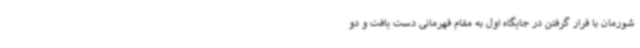
شورمان با قرار گرفتن در جایگاه اول به مقام قهرمانی دست یافت و دو